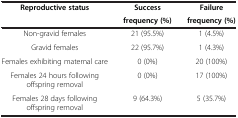
| <ROWSPAN=2> Reproductive status | Success | Failure |
 | frequency (%) | frequency (%) |
 | --- | --- | --- |
 | Non-gravid females | 21 (95.5%) | 1 (4.5%) |
 | Gravid females | 22 (95.7%) | 1 (4.3%) |
 | Females exhibiting maternal care | 0 (0%) | 20 (100%) |
 | Females 24 hours following offspring removal | 0 (0%) | 17 (100%) |
 | Females 28 days following offspring removal | 9 (64.3%) | 5 (35.7%) |